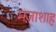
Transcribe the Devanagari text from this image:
मज़ाशाह